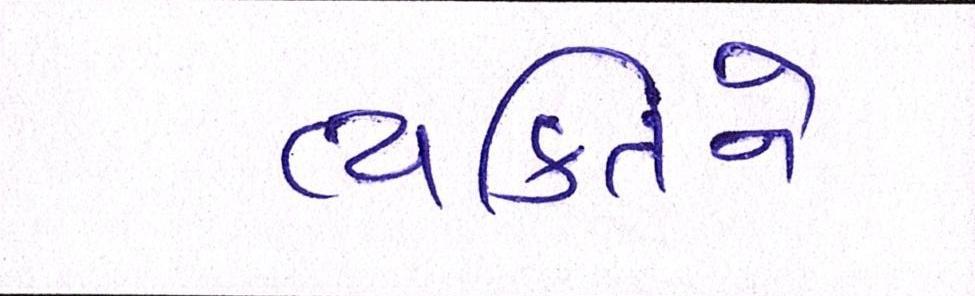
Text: વ્યકિતને